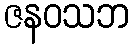
ဇနဝသဘ